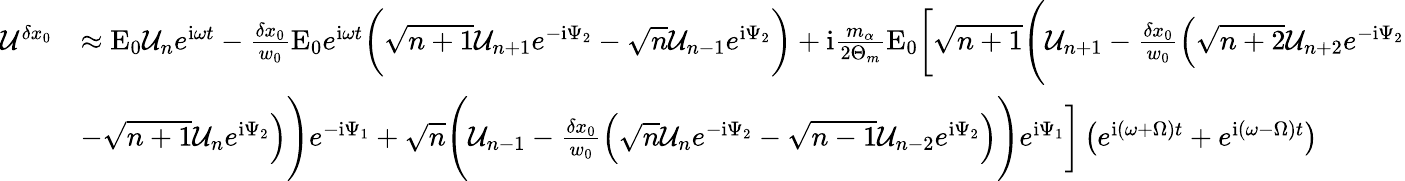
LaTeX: \begin{array}{rl}{\mathcal{U}^{\delta x_{0}}}&{\approx\mathrm{E}_{0}\mathcal{U}_{n}e^{\mathrm{i}\omega t}-\frac{\delta x_{0}}{w_{0}}\mathrm{E}_{0}e^{\mathrm{i}\omega t}\bigg(\sqrt{n+1}\mathcal{U}_{n+1}e^{-\mathrm{i}\Psi_{2}}-\sqrt{n}\mathcal{U}_{n-1}e^{\mathrm{i}\Psi_{2}}\bigg)+\mathrm{i}\frac{m_{\alpha}}{2\Theta_{m}}\mathrm{E}_{0}\bigg[\sqrt{n+1}\Bigg(\mathcal{U}_{n+1}-\frac{\delta x_{0}}{w_{0}}\Big(\sqrt{n+2}\mathcal{U}_{n+2}e^{-\mathrm{i}\Psi_{2}}}\\ &{-\sqrt{n+1}\mathcal{U}_{n}e^{\mathrm{i}\Psi_{2}}\Big)\Bigg)e^{-\mathrm{i}\Psi_{1}}+\sqrt{n}\Bigg(\mathcal{U}_{n-1}-\frac{\delta x_{0}}{w_{0}}\Big(\sqrt{n}\mathcal{U}_{n}e^{-\mathrm{i}\Psi_{2}}-\sqrt{n-1}\mathcal{U}_{n-2}e^{\mathrm{i}\Psi_{2}}\Big)\Bigg)e^{\mathrm{i}\Psi_{1}}\bigg]\left(e^{\mathrm{i}(\omega+\Omega)t}+e^{\mathrm{i}(\omega-\Omega)t}\right)}\end{array}